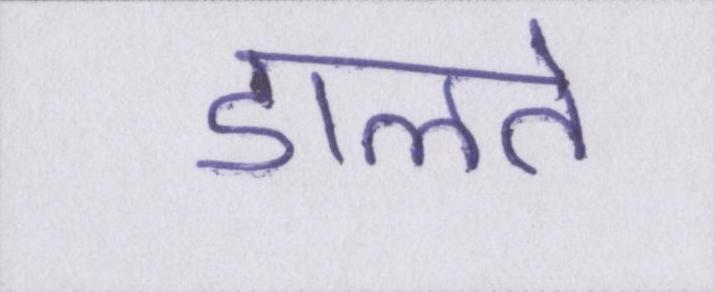
डालते